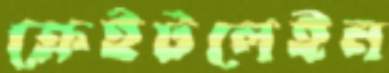
ক্রেইটলেইন